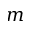
m